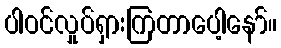
ပါဝင်လှုပ်ရှားကြတာပေါ့နော်။